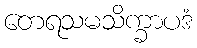
တေရသမသိက္ခာပဒံ